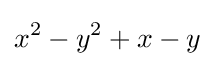
x^{2}-y^{2}+x-y